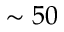
\sim 5 0